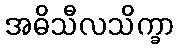
အဓိသီလသိက္ခာ